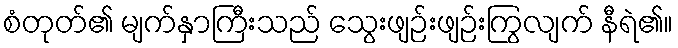
စံတုတ်၏ မျက်နှာကြီးသည် သွေးဖျဉ်းဖျဉ်းကြွလျက် နီရဲ၏။